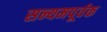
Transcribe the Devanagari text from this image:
सन्यमपूर्वक